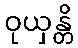
ဝုယှန္တိ